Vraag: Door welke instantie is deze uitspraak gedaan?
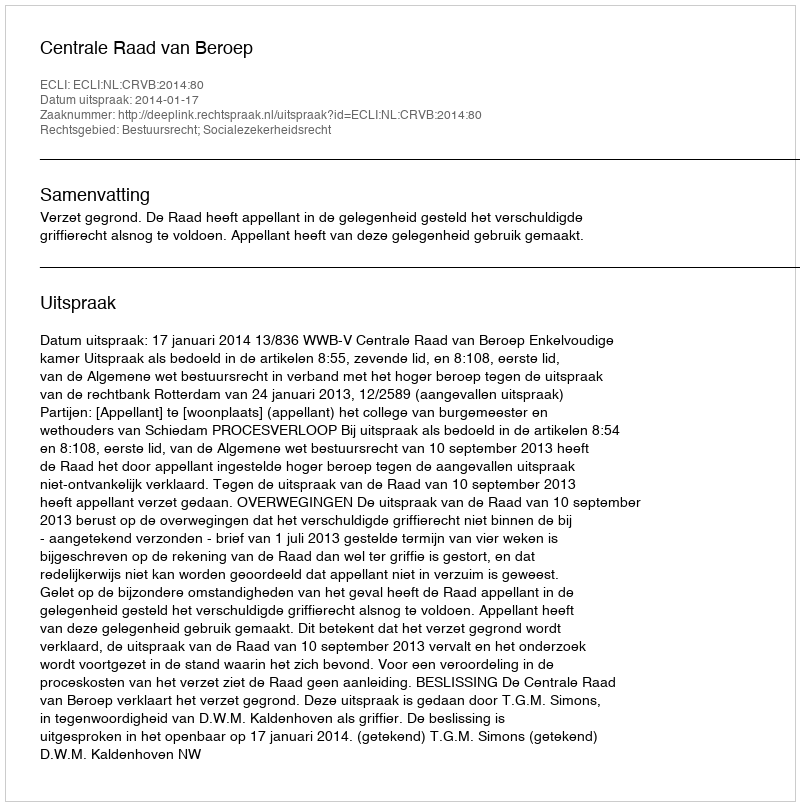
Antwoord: Centrale Raad van Beroep